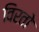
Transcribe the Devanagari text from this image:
विरतो